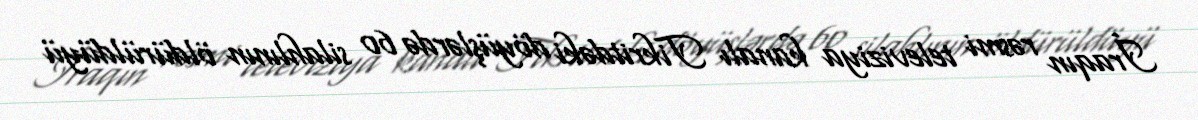
İraqın rəsmi televiziya kanalı Tikritdəki döyüşlərdə 60 silahlının öldürüldüyü